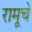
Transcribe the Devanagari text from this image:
रामूचे